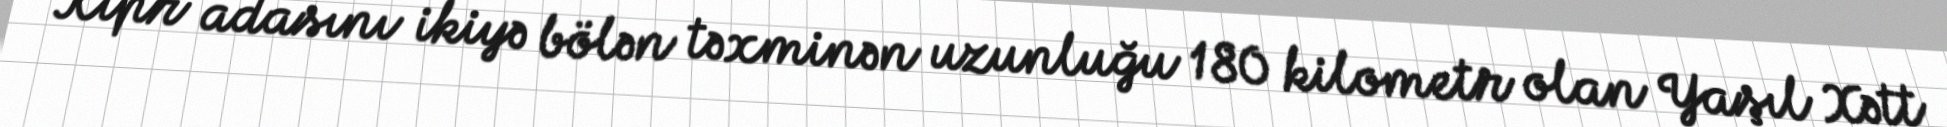
Kipr adasını ikiyə bölən təxminən uzunluğu 180 kilometr olan Yaşıl Xətt